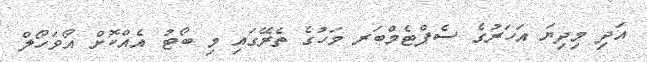
އަދި މިދިޔަ އަހަރުގެ ސެޕްޓެމްބަރ މަހުގެ ތެރޭގައި މި ބޯޓު އެއްކޮށް އޯވަހޯލް